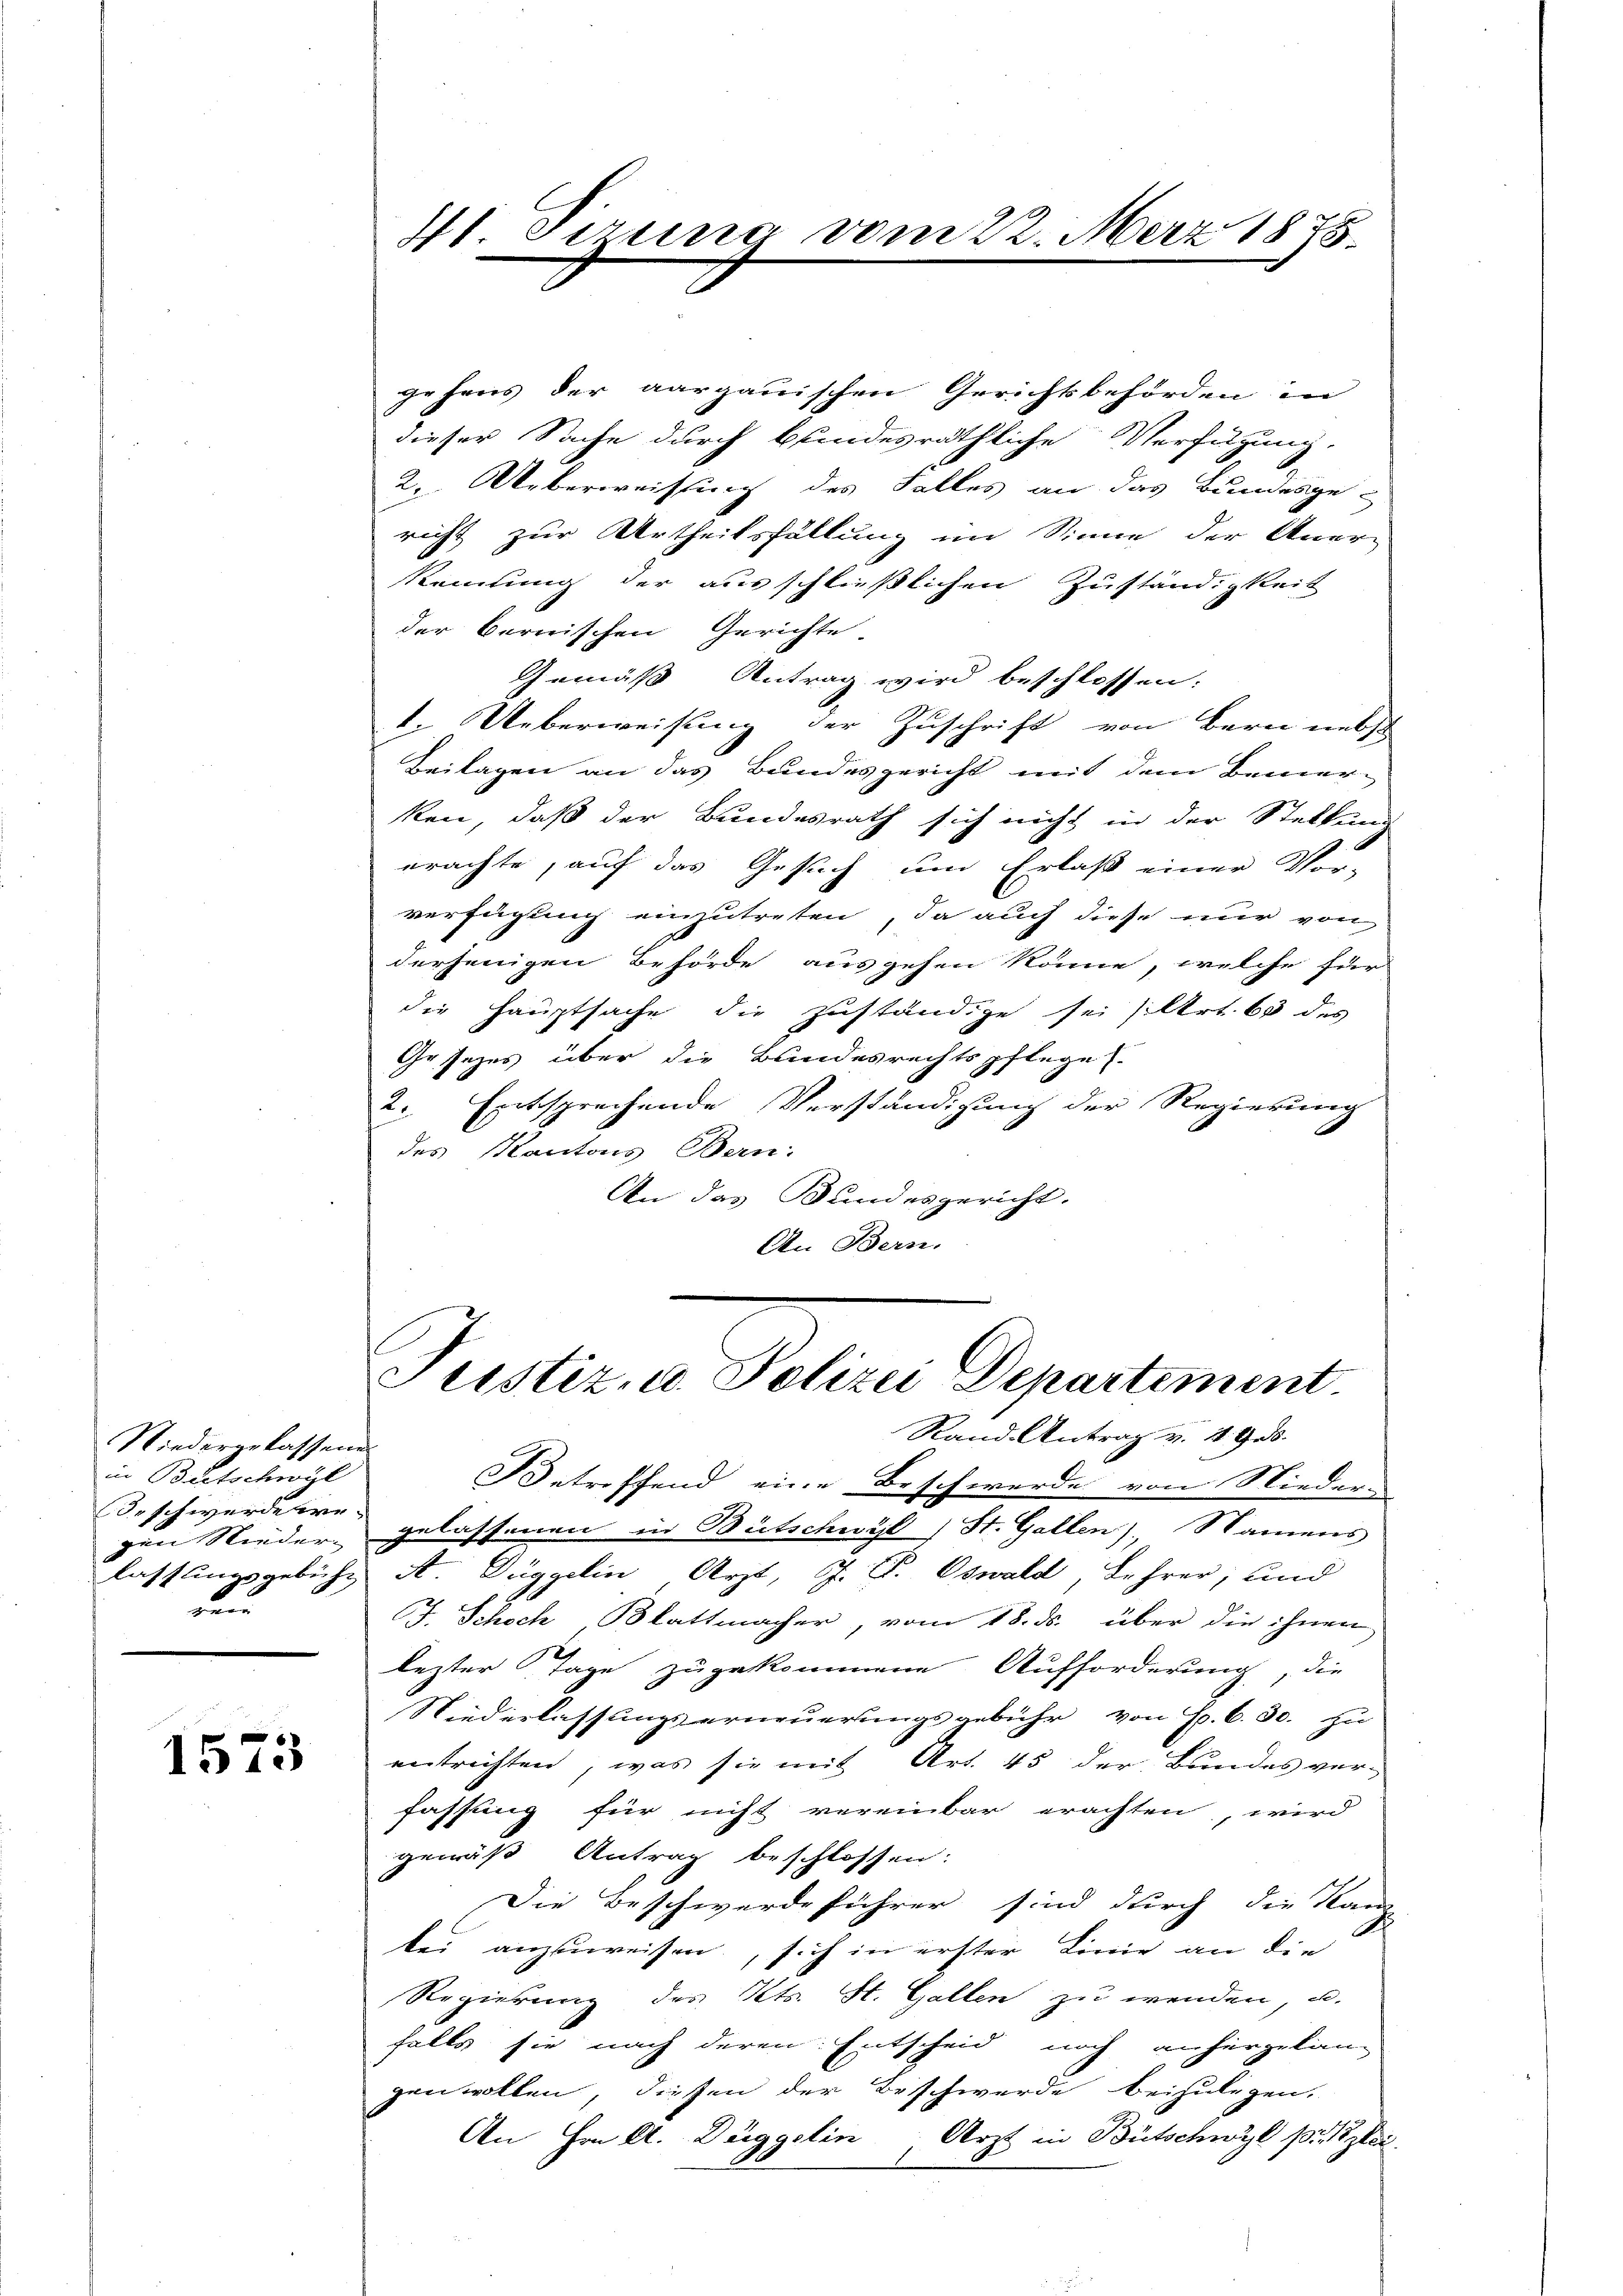
Niedergelassene
in Bertschwyl
Beschwerderreuun

1573

gehens der aargauischen Gerichtsbehörden in
dieser Sache durch blindesräthliche Verfügung.
2. Ueberweisung des Falles an das Bundesge-
richt zur Urtheilsfällung im Sinne der Aner-
Reitung der ausschließlichen Zuständigkeit
der bernischen Gerichte.
Gemäß Antrag wird beschlossen:
1. Ueberweisung der Zuschrift von Bern nebst
Beilagen an das Bundesgericht mit dem Bemer-
ken, daß der Bundesrath sich nicht in der Stellung
erachte, auf das Gesuch um Erlaß einer Vor-
verfügung einzutreten, da auch diese nur von
derjenigen Behörde ausgehen könne, welche für
die Hauptsache die zuständige sei siltrt 63 des
Grsezes über die Bundesrechtspflege s
2. Entsprechende Verständigung der Regierung
des Kantons Bern:
An das Bundesgericht.
An Bern.

41. Tierung vom 22. März 1878.

Justiz- u. Polizei Departement.

Rand Antrag v. 4. Ges.
Betreffend eine Beschwerde von Niedergen Nieder gelassenen in Bütschwyl) St. Gallen), Namens
lassungsgebühr A. Düggelin Arzt, J. P. Oswald Lehrer; und
J. Schoch Blattmacher, vom 18. ds. über die ihnen
lezter Tage zugekommene Aufforderung, die
Niederlassungserneuerungsgebühr von Hr. C. 30. zu
entrichten, was sie mit Art. 45 der Bundes ver-
fassung für nicht vereinbar erachten, wird
gemäß Antrag beschlossen:
Die Beschwerdeführer sind durch die Kanz-
tei anzuweisen, sich in erster Linie an die
Regierung des Kts. St. Gallen zu wenden, u.
falls sie nach deren Entscheid noch anhergelang
gen wollen, diesen der Beschwerde beizulegen.
An Hrn kt. Diggelin, Arzt in Bütschwyl p. Kzlei.